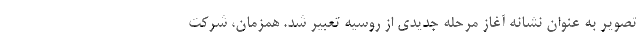
تصویر به عنوان نشانه آغاز مرحله جدیدی از روسیه تعبیر شد. همزمان، شرکت